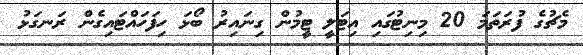
މެޗުގެ ފުރަތަމަ 20 މިނިޓުގައި އިޓަލީ ޓީމުން ގިނައިރު ބޯޅަ ހިފަހައްޓައިގެން ރަނގަޅު